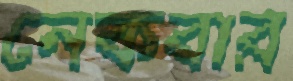
নেকবার